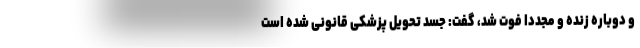
و دوباره زنده و مجددا فوت شد، گفت: جسد تحویل پزشکی قانونی شده است